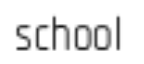
school